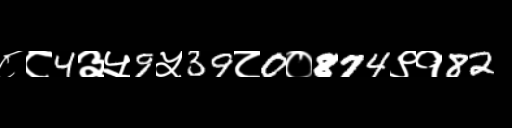
Text: ८८4३५9५39८0०874९१82